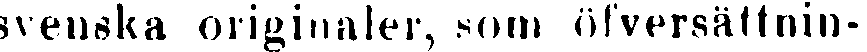
svenska originaler, som öfversältnin-